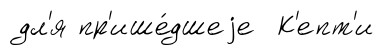
дл'я пр'ише́дшеjе К'епт'и